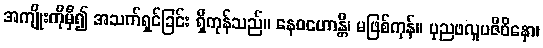
အကျိုးကိုမှီ၍ အသက်ရှင်ခြင်း ရှိကုန်သည်။ နေဝဟောန္တိ၊ မဖြစ်ကုန်။ ပုညဖလူပဇီဝိနော၊